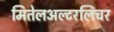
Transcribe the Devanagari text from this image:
मितेलअल्टरलिचर